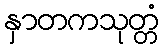
နှာတကသုတ္တံ